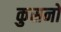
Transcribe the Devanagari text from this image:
कुसनो